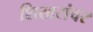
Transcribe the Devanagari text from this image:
शिखरांवर